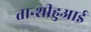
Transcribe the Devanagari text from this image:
तान्शीहुआई